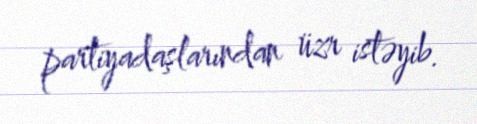
partiyadaşlarından üzr istəyib.